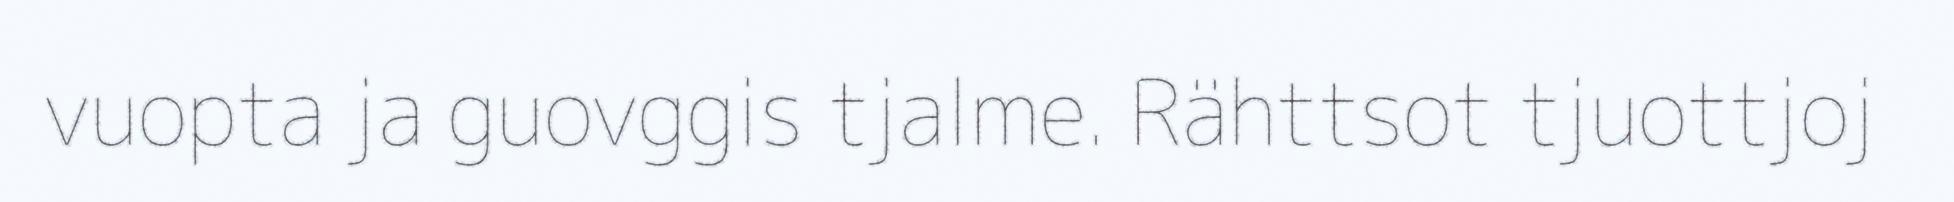
vuopta ja guovggis tjalme. Rähttsot tjuottjoj